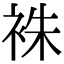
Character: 袾